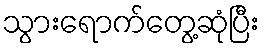
သွားရောက်တွေ့ဆုံပြီး